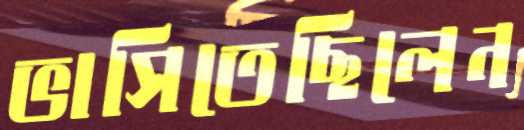
ভাসিতেছিলেন